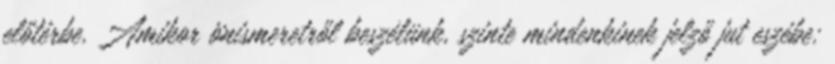
előtérbe. Amikor önismeretről beszélünk, szinte mindenkinek jelző jut eszébe: